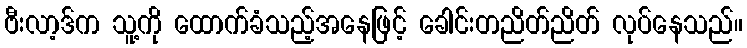
ဗီးလာ့ဒ်က သူ့ကို ထောက်ခံသည့်အနေဖြင့် ခေါင်းတညိတ်ညိတ် လုပ်နေသည်။